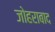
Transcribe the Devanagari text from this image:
जोहराबाद